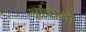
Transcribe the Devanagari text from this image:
आपोल्लो